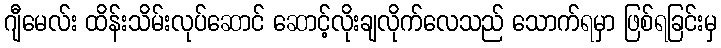
ဂျီမေလ်း ထိန်းသိမ်းလုပ်ဆောင် ဆောင့်လိုးချလိုက်လေသည် သောက်ရမှာ ဖြစ်ရခြင်းမှ